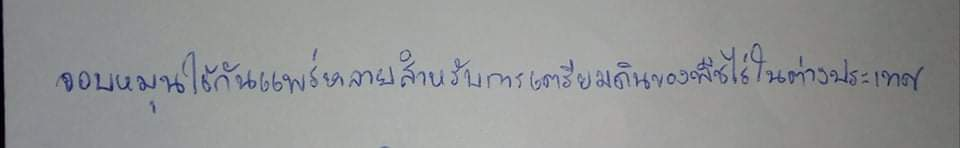
จอบหมุนใช้กันแพร่หลายสำหรับการเตรียมดินของพืชไร่ในต่างประเทศ